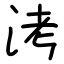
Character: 洘